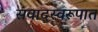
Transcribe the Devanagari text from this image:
संवादस्वरूपात